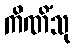
ကိဏိံသု